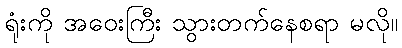
ရုံးကို အဝေးကြီး သွားတက်နေစရာ မလို။